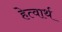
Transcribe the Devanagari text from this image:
हेत्वार्थ